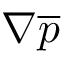
\nabla \overline { { { p } } }